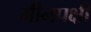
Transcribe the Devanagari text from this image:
मीनपक्षी